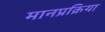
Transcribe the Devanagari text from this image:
मानप्रक्रिया